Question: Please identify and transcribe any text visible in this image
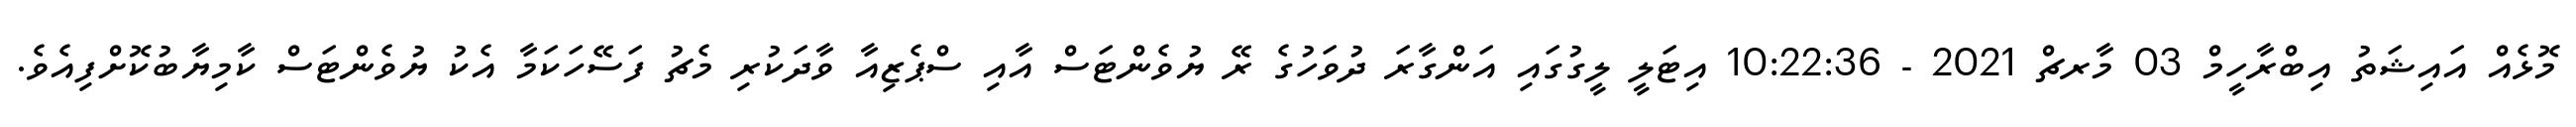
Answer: މޮޅެއް އައިޝަތު އިބްރާހީމް 03 މާރޗް 2021 - 10:22:36 އިޓަލީ ލީގުގައި އަންގާރަ ދުވަހުގެ ރޭ ޔުވެންޓަސް އާއި ސްޕެޒިއާ ވާދަކުރި މެޗު ފަސޭހަކަމާ އެކު ޔުވެންޓަސް ކާމިޔާބުކޮށްފިއެވެ.